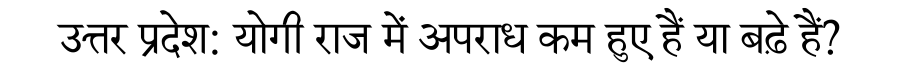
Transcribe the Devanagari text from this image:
उत्तर प्रदेश: योगी राज में अपराध कम हुए हैं या बढ़े हैं?